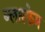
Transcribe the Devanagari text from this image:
ब्लास्फेम